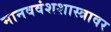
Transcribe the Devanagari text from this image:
मानववंशशास्त्रावर